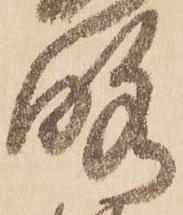
略